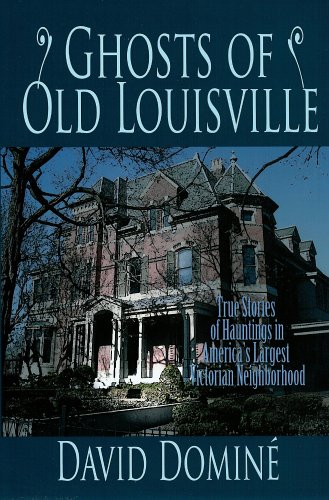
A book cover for Ghosts of Old Louisville: True Stories of Hauntings in America's Largest Victorian Neighborhood; David Domine; Religion & Spirituality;